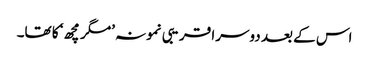
اس کے بعد دوسرا قریبی نمونہ ’مگر مچھ‘ کا تھا۔